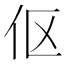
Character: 伛